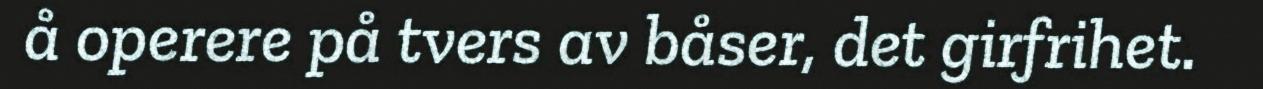
å operere på tvers av båser, det girfrihet.